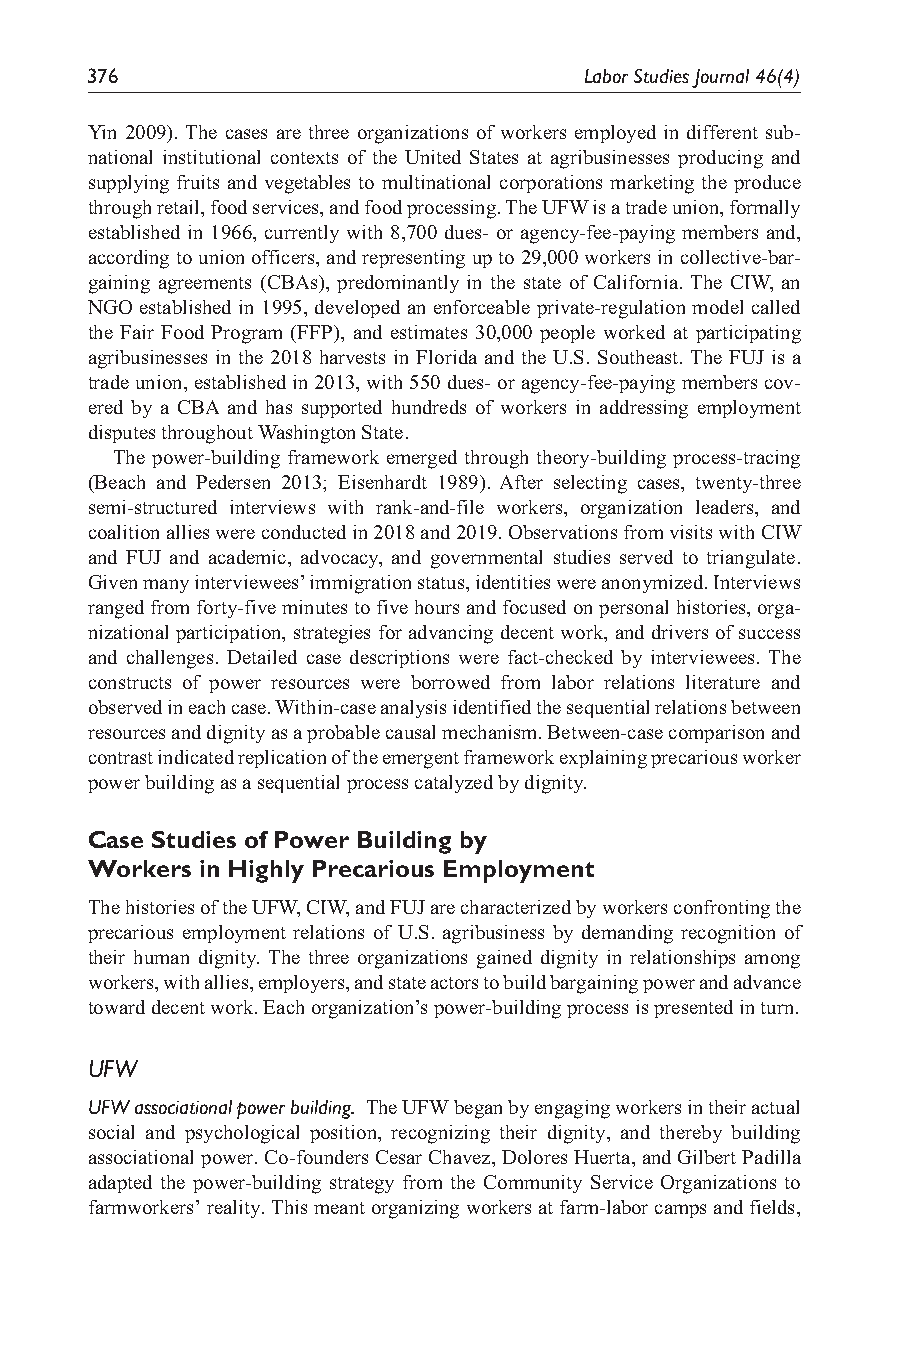
376                              Labor Studies Journal 46(4)
 Yin 2009). The cases are three organizations of workers employed in different sub-
 national institutional contexts of the United States at agribusinesses producing and
 supplying fruits and vegetables to multinational corporations marketing the produce
 through retail, food services, and food processing. The UFW is a trade union, formally
 established in 1966, currently with 8,700 dues- or agency-fee-paying members and,
 according to union officers, and representing up to 29,000 workers in collective-bar-
 gaining agreements (CBAs), predominantly in the state of California. The CIW, an
 NGO established in 1995, developed an enforceable private-regulation model called
 the Fair Food Program (FFP), and estimates 30,000 people worked at participating
 agribusinesses in the 2018 harvests in Florida and the U.S. Southeast. The FUJ is a
 trade union, established in 2013, with 550 dues- or agency-fee-paying members cov-
 ered by a CBA and has supported hundreds of workers in addressing employment
 disputes throughout Washington State.
 The power-building framework emerged through theory-building process-tracing
 (Beach and Pedersen 2013; Eisenhardt 1989). After selecting cases, twenty-three
 semi-structured interviews with rank-and-file workers, organization leaders, and
 coalition allies were conducted in 2018 and 2019. Observations from visits with CIW
 and FUJ and academic, advocacy, and governmental studies served to triangulate.
 Given many interviewees’ immigration status, identities were anonymized. Interviews
 ranged from forty-five minutes to five hours and focused on personal histories, orga-
 nizational participation, strategies for advancing decent work, and drivers of success
 and challenges. Detailed case descriptions were fact-checked by interviewees. The
 constructs of power resources were borrowed from labor relations literature and
 observed in each case. Within-case analysis identified the sequential relations between
 resources and dignity as a probable causal mechanism. Between-case comparison and
 contrast indicated replication of the emergent framework explaining precarious worker
 power building as a sequential process catalyzed by dignity.
 Case Studies of Power Building by
 Workers in Highly Precarious Employment
 The histories of the UFW, CIW, and FUJ are characterized by workers confronting the
 precarious employment relations of U.S. agribusiness by demanding recognition of
 their human dignity. The three organizations gained dignity in relationships among
 workers, with allies, employers, and state actors to build bargaining power and advance
 toward decent work. Each organization’s power-building process is presented in turn.
 UFW
 UFW associational power building. The UFW began by engaging workers in their actual
 social and psychological position, recognizing their dignity, and thereby building
 associational power. Co-founders Cesar Chavez, Dolores Huerta, and Gilbert Padilla
 adapted the power-building strategy from the Community Service Organizations to
 farmworkers’ reality. This meant organizing workers at farm-labor camps and fields,